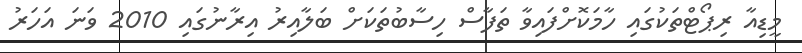
މީޑިއާ ރިޕޯޓްތަކުގައި ހާމަކޮށްފައިވާ ތަފާސް ހިސާބުތަކަށް ބަލާއިރު އިރާނުގައި 2010 ވަނަ އަހަރު